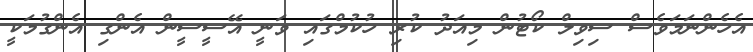
އެހެންނަމަވެސް ސިވިލް ކޯޓުން މިއަދު ކުރި ހުކުމްގައި ވަނީ އޭސީސީން އެންގި އެންގުމަކީ